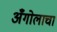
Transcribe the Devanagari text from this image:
अँगोलाचा